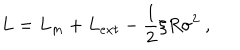
LaTeX: L = L _ { m } + L _ { e x t } - { \frac { 1 } { 2 } } \xi R \sigma ^ { 2 } ~ ,